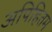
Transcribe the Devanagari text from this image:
अपिहितम